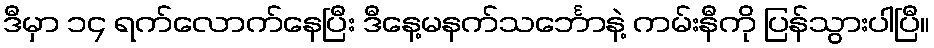
ဒီမှာ ၁၄ ရက်လောက်နေပြီး ဒီနေ့မနက်သင်္ဘောနဲ့ ကမ်းနီကို ပြန်သွားပါပြီ။